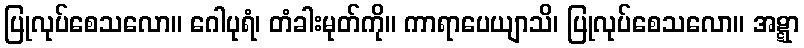
ပြုလုပ်စေသလော။ ဂေါပုရံ၊ တံခါးမုတ်ကို။ ကာရာပေယျာသိ၊ ပြုလုပ်စေသလော။ အဋ္ဋာ